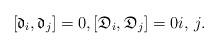
LaTeX: \begin{gather*}[\mathfrak{d}_i, \mathfrak{d}_j]=0, [\mathfrak{D}_i, \mathfrak{D}_j]=0 i,\, j.\end{gather*}